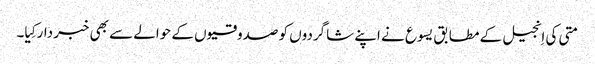
‏ متی کی اِنجیل کے مطابق یسوع نے اپنے شاگردوں کو صدوقیوں کے حوالے سے بھی خبردار کِیا۔